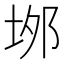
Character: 𡋓